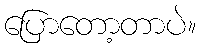
ပြောတော့တာပဲ။